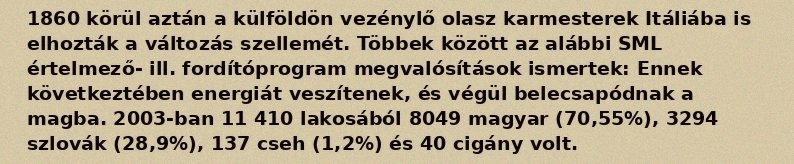
1860 körül aztán a külföldön vezénylő olasz karmesterek Itáliába is elhozták a változás szellemét. Többek között az alábbi SML értelmező- ill. fordítóprogram megvalósítások ismertek: Ennek következtében energiát veszítenek, és végül belecsapódnak a magba. 2003-ban 11 410 lakosából 8049 magyar (70,55%), 3294 szlovák (28,9%), 137 cseh (1,2%) és 40 cigány volt.